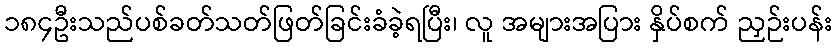
၁၈၄ဦးသည်ပစ်ခတ်သတ်ဖြတ်ခြင်းခံခဲ့ရပြီး၊ လူ အများအပြား နှိပ်စက် ညှဉ်းပန်း